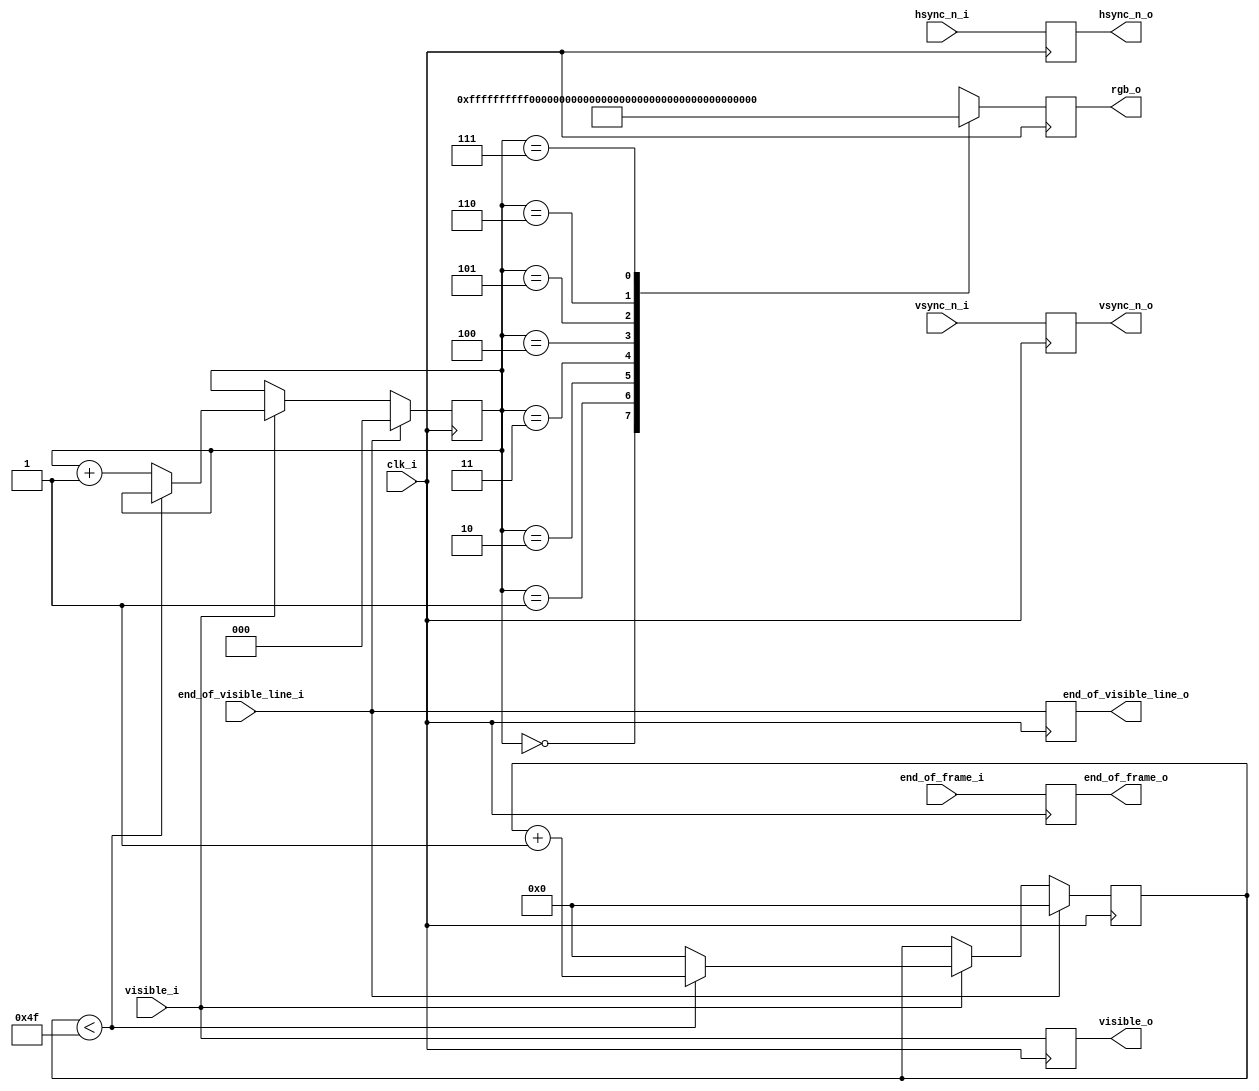
`default_nettype none

module RGB_Color_Bars_Generator(
    clk_i,

    end_of_frame_i,
    end_of_visible_line_i,
    hsync_n_i,
    vsync_n_i,
    visible_i,

    end_of_frame_o,
    end_of_visible_line_o,
    hsync_n_o,
    vsync_n_o,
    visible_o,

    rgb_o,
);

localparam PIXELS_PER_VISIBLE_LINE = 640;
localparam PIXELS_PER_STRIPE = PIXELS_PER_VISIBLE_LINE / 8;

input clk_i;
input end_of_frame_i, end_of_visible_line_i, hsync_n_i, vsync_n_i, visible_i;

output reg end_of_frame_o, end_of_visible_line_o, hsync_n_o, vsync_n_o, visible_o;
output reg[23:0] rgb_o;

wire[23:0] RGB_table[0:7];

// 100% color bars
assign RGB_table[0] = {8'd255, 8'd255, 8'd255};
assign RGB_table[1] = {8'd255, 8'd255, 8'd0  };
assign RGB_table[2] = {8'd0  , 8'd255, 8'd255};
assign RGB_table[3] = {8'd0  , 8'd255, 8'd0  };
assign RGB_table[4] = {8'd255, 8'd0  , 8'd255};
assign RGB_table[5] = {8'd255, 8'd0  , 8'd0  };
assign RGB_table[6] = {8'd0  , 8'd0  , 8'd255};
assign RGB_table[7] = {8'd0  , 8'd0  , 8'd0  };

reg[2:0] index; // 0 to 7
reg[$clog2(PIXELS_PER_STRIPE)-1:0] cnt;

always @ (posedge clk_i) begin
    if (end_of_visible_line_i == 1'b1) begin
        index <= 0;
        cnt <= 0;
    end else if (visible_i) begin
        if (cnt < PIXELS_PER_STRIPE-1) begin
            cnt <= cnt + 1'b1;
        end else begin
            // since a pixel is not consumed every cycle, a "slow" assignment is sufficient
            index <= index + 1'b1;
            cnt <= 0;
        end;
    end;

    visible_o <= visible_i;
    end_of_frame_o <= end_of_frame_i;
    end_of_visible_line_o <= end_of_visible_line_i;
    hsync_n_o <= hsync_n_i;
    vsync_n_o <= vsync_n_i;

    rgb_o <= RGB_table[index];
end

endmodule